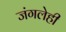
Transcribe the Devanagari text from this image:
जंगलेही